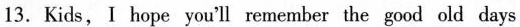
13.Kids,I hope you'll remember the good old days